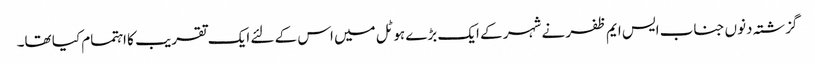
گزشتہ دنوں جناب ایس ایم ظفر نے شہر کے ایک بڑے ہوٹل میں اس کے لئے ایک تقریب کا اہتمام کیا تھا۔